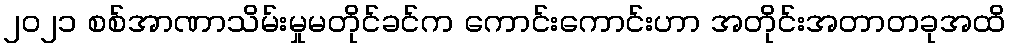
၂၀၂၁ စစ်အာဏာသိမ်းမှုမတိုင်ခင်က ကောင်းကောင်းဟာ အတိုင်းအတာတခုအထိ